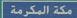
مكةالمكرمة